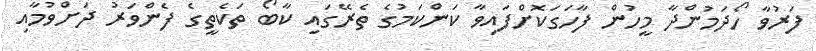
ފަރުވާ ހޯދަމުންދާ މީހުން ފާހަގަކޮށްފައިވާ ކަންކަމުގެ ތެރޭގައި ކާބޯ ތަކެތީގެ ފެންވަރު ދަށްވުމާއި